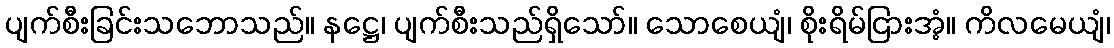
ပျက်စီးခြင်းသဘောသည်။ နဋ္ဌေ၊ ပျက်စီးသည်ရှိသော်။ သောစေယျံ၊ စိုးရိမ်ငြားအံ့။ ကိလမေယျံ၊